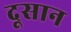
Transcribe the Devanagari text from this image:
दूसान